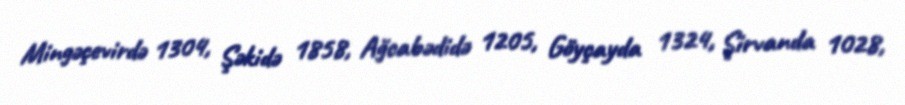
Mingəçevirdə 1304, Şəkidə 1858, Ağcabədidə 1205, Göyçayda 1324, Şirvanda 1028,